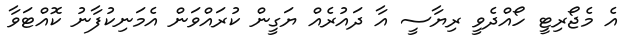
އެ މެޖޯރިޓީ ހޯއްދެވީ ރިޔާސީ އާ ދައުރެއް ޔަގީން ކުރައްވަން އެމަނިކުފާނު ކޮއްޓަވާ